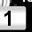
Digit: 1